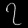
Digit: ၇